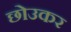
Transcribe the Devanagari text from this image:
छोउकर